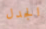
الجدل